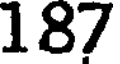
187